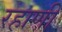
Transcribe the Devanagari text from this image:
रहाणी